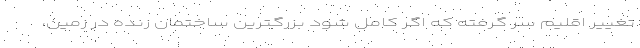
تغییر اقلیم سر گرفته که اگر کامل شود بزرگترین ساختمان زنده در زمین،